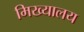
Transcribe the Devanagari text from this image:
मिख्यालय